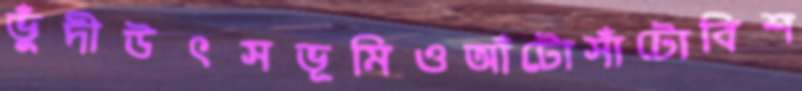
ভুঁদীউৎসভূমিওআঁটোসাঁটোবিশ